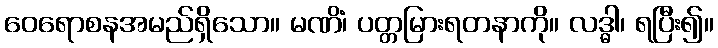
ဝေရောစနအမည်ရှိသော။ မဏိံ၊ ပတ္တမြားရတနာကို။ လဒ္ဓါ၊ ရပြီး၍။